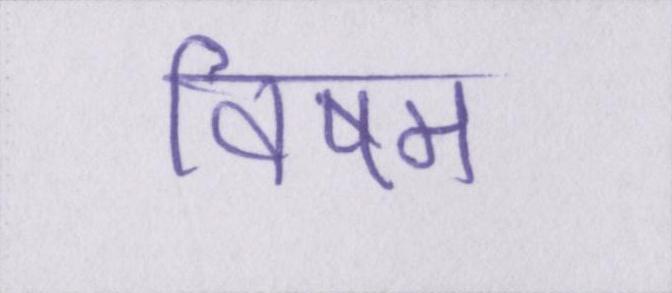
विषम